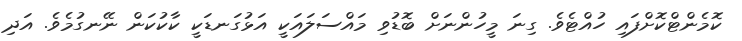
ކޮމެންޓްކޮށްފައި ހުއްޓެވެ. ގިނަ މީހުންނަށް ބޮޑުވި މައްސަލައަކީ އަޅުގަނޑަކީ ކާކުކަން ނޭނގުމެވެ. އަދި